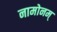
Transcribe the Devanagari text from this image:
नामोनम्